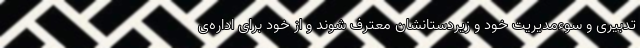
تدبیری و سوءمدیریت خود و زیردستانشان معترف شوند و از خود برای اداره‌ی